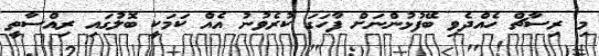
މި ރިސާޗް ހެއްދެވި ބޭފުޅުންނަށް ފާހަގަ ކުރެވުނު އެއް ކަމަކީ ބޮލުގައި ރިއްސާތީ